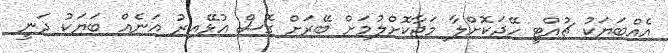
އެއްބަޔަކު ޗުއްޓީ ހޭދަކޮށްލާ މަޖާކޮށްލުމަށް ބޭރަށް ގޮސް އުޅޭއިރު އަނެއް ބަޔަކު ދަނީ